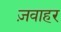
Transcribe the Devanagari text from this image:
ज़वाहर